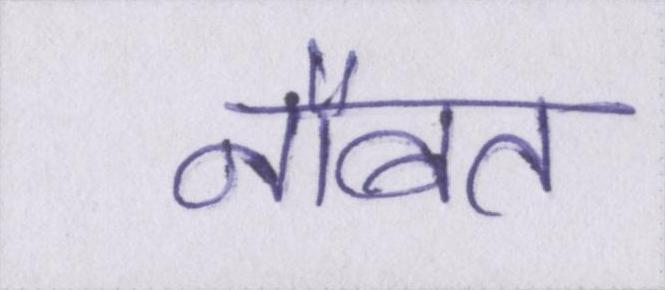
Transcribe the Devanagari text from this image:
नौबत